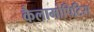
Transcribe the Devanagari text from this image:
कैलामोपिटिस